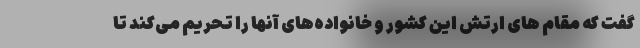
گفت که مقام های ارتش این کشور و خانواده‌های آنها را تحریم می‌کند تا